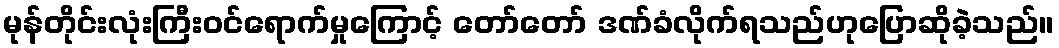
မုန်တိုင်းလုံးကြီးဝင်ရောက်မှုကြောင့် တော်တော် ဒဏ်ခံလိုက်ရသည်ဟုပြောဆိုခဲ့သည်။